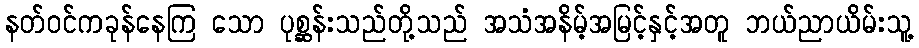
နတ်ဝင်ကခုန်နေကြ သော ပုစ္ဆန်းသည်တို့သည် အသံအနိမ့်အမြင့်နှင့်အတူ ဘယ်ညာယိမ်းသူ့